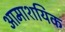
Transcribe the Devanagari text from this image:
आमाशयिक